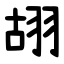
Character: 䎁